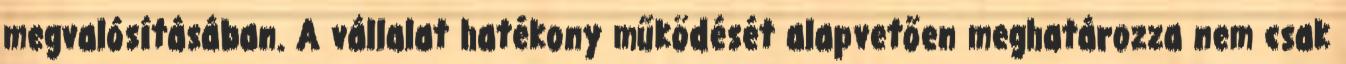
megvalósításában. A vállalat hatékony működését alapvetően meghatározza nem csak